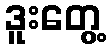
ဒူးတွေ့